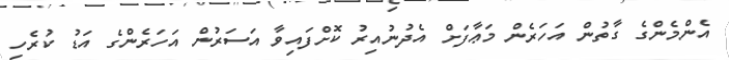
އެންމެންގެ ގާތުން އަހަރެން މަޢާފަށް އެދުނުއިރު ކޮށްފައިވާ އަސަރުން އަހަރެންގެ އަޑު ކުރެހި